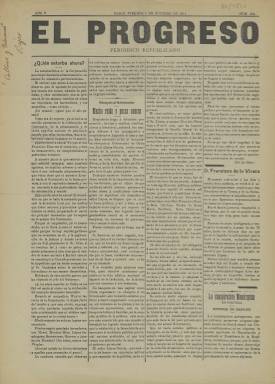
Título: El Progreso (Cádiz)
Colección: Periódicos
Ámbito geográfico: Cádiz
Lugar de publicación: Cádiz
Fechas: 06/10/1911-06/10/1911